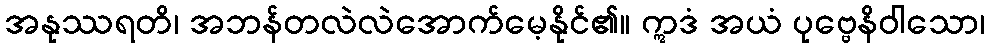
အနုဿရတိ၊ အဘန်တလဲလဲအောက်မေ့နိုင်၏။ ဣဒံ အယံ ပုဗ္ဗေနိဝါသော၊